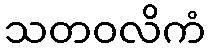
သတဝလိကံ